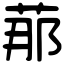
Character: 𦰡